Punjab Mental Hospital Lahore 1932-46 - 1932-1946
Year: 1932
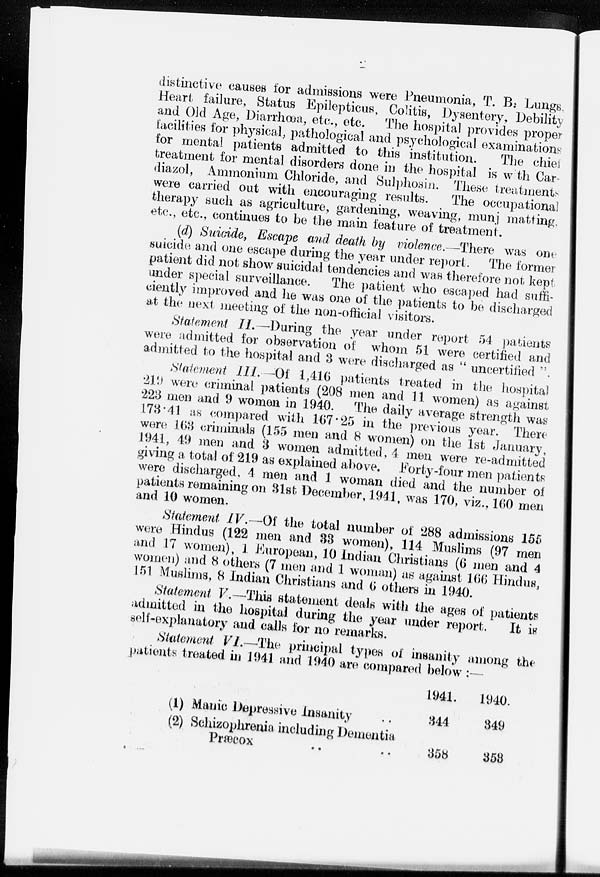
distinctive causes for admissions were Pneumonia, T. B. Lungs
Heart failure, Status Epilepticus, Colitis, Dysentery, Debility
and Old Age, Diarrhœa, etc., etc. The hospital provides proper
facilities for physical; pathological and psychological examinations
for mental patients admitted to this institution.
The chie
treatment for mental disorders done in the hospital is with Car
diazol, Ammonium Chloride, and Sulphosin. These treatment
were carried out with encouraging results.
The occupational
therapy such as agriculture, gardening, weaving, munj matting,
etc., etc., continues to be the main feature of treatment.
(d) Suicide, Escape and death by violence.—There was one-
--icide and one escape during the year under report. The former
patient did not show suicidal tendencies and was therefore not kept
under special surveillance. The patient who escaped had suffi-
ciently improved and he was one of the patients to be discharged
at the next meeting of the non-official visitors.
Statement II.—During the year under report 54 patients
were admitted for observation of whom 51 were certified and
admitted to the hospital and 3 were discharged as "uncertified".
Statement III.—Of 1,416 patients treated in the hospital
219 were criminal patients (208 men and 11 women) as against
223 men and 9 women in 1940. The daily average strength was
173.41 as compared with 167.25 in the previous year. There
were 163 criminals (155 men and 8 women) on the 1st January,
1941, 49 men and 3 women admitted, 4 men were re-admitted
giving a total of 219 as explained above. Forty-four men patients
were discharged, 4 men and 1 woman died and the number of
patients remaining on 31st December, 1941, was 170, viz., 160 men
and 10 women.
Statement IV.—Of the total number of 288 admissions 155
were Hindus (122 men and 33 women), 114 Muslims (97 men
and 17 women), 1 European, 10 Indian Christians (6 men and 4
women) and 8 others (7 men and 1 woman) as against 166 Hindus,
151 Muslims, 8 Indian Christians and 6 others in 1940.
Statement V.—This statement deals with the ages of patients
admitted in the hospital during the year under report.
It is
self-explanatory and calls for no remarks.
Statement VI.—The principal types of insanity among the
patients treated in 1941 and 1940 are compared below :—
(1) Manic Depressive Insanity ..
(2) Schizophrenia including Dementia
Præcox .. ..
1941.
344
358
1940.
349
353